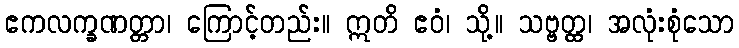
ဧကလက္ခဏတ္တာ၊ ကြောင့်တည်း။ ဣတိ ဧဝံ၊ သို့။ သဗ္ဗတ္ထ၊ အလုံးစုံသော